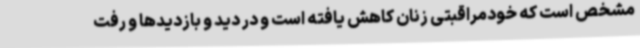
مشخص است که خودمراقبتی زنان کاهش یافته است و در دید و بازدیدها و رفت